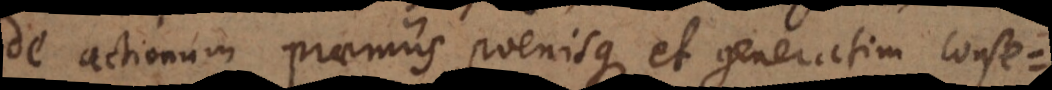
de actionum praemiis poenisque et generatim cons